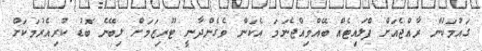
ގައުމަކުން ރާއްޖެއަށް ފްލައިޓެއް ބޭއްވިއްޖެނަމަ އެކަން ވެގެންދާނީ ޓޫރިޒަމަށް ލިބޭނެ ބޮޑު ކުރިއެރުމަކަށް